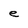
Character: e